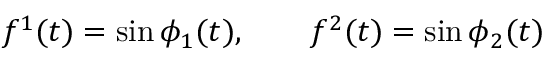
f ^ { 1 } ( t ) = \sin \phi _ { 1 } ( t ) , \qquad f ^ { 2 } ( t ) = \sin \phi _ { 2 } ( t )